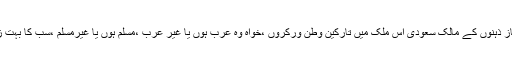
ایک مرتبہ پھر ہم راست باز ذہنوں کے مالک سعودی اس ملک میں تارکین وطن ورکروں ،خواہ وہ عرب ہوں یا غیر عرب ،مسلم ہوں یا غیرمسلم ،سب کا بہت زیادہ شکریہ ادا کرتے ہیں۔